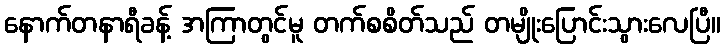
နောက်တနာရီခန့် အကြာတွင်မူ တက်စစိတ်သည် တမျိုးပြောင်းသွားလေပြီ။